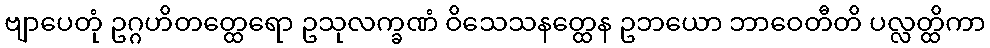
ဗျာပေတုံ ဥဂ္ဂဟိတတ္ထေရော ဥသုလက္ခဏံ ဝိသေသနတ္ထေန ဥဘယော ဘာဝေတီတိ ပလ္လတ္ထိကာ